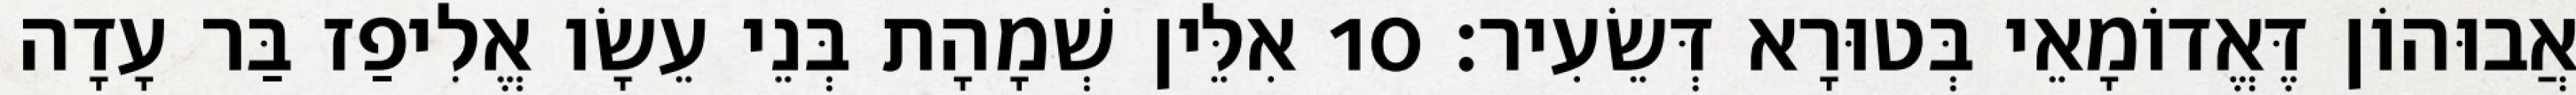
אֲבוּהוֹן דֶּאֱדוֹמָאֵי בְּטוּרָא דְּשֵׂעִיר׃ 10 אִלֵּין שְׁמָהָת בְּנֵי עֵשָׂו אֱלִיפַז בַּר עָדָה